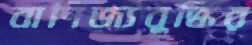
বাণিজ্যবুদ্ধির